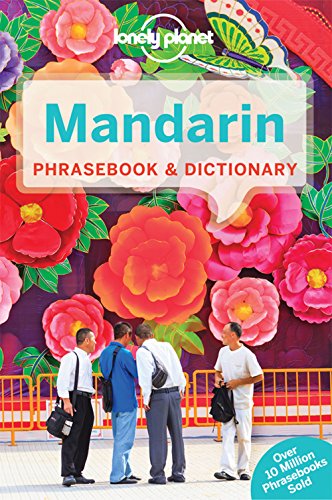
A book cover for Lonely Planet Mandarin Phrasebook & Dictionary; Lonely Planet; Travel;